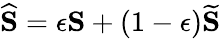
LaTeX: \widehat{\mathbf{S}}=\epsilon\mathbf{S}+(1-\epsilon)\widetilde{\mathbf{S}}